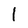
Character: 1